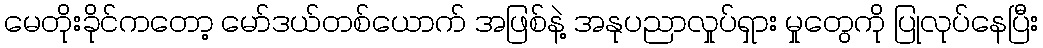
မေတိုးခိုင်ကတော့ မော်ဒယ်တစ်ယောက် အဖြစ်နဲ့ အနုပညာလှုပ်ရှား မှုတွေကို ပြုလုပ်နေပြီး